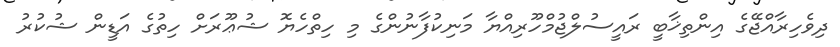
ދިވެހިރާއްޖޭގެ އިންތިޚާބީ ރައީސުލްޖުމްހޫރިއްޔާ މަނިކުފާނުންގެ މި ހިތްހެޔޮ ޝުޢޫރަށް ހިތުގެ އަޑީން ޝުކުރު